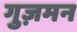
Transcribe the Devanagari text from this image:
गुज़मन